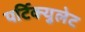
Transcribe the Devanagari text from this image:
पर्टिक्युलेट